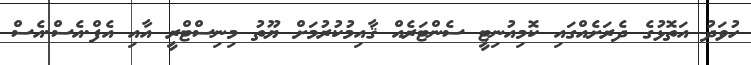
ހުވަދު އަތޮޅުގެ ދެރަށެއްގައި ކޮމިއުނިޓީ ސެންޓަރެއް ޤާއިމުކުރުމަށް ޔޫތު މިނިސްޓްރީ އާއި އެފް.އެސް.އެސް